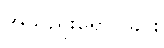
အသည်းရောင်ခြင်း